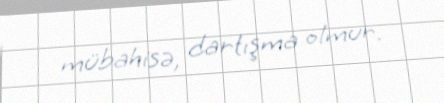
mübahisə, dartışma olmur.